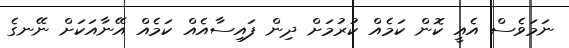
ނަމަވެސް އެއީ ކޮން ކަމެއް ކުރުމަށް ދިން ފައިސާއެއް ކަމެއް އޭނާއަކަށް ނޭނގެ